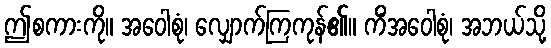
ဤစကားကို။ အဝေါစုံ၊ လျှောက်ကြကုန်၏။ ကိံအဝေါစုံ၊ အဘယ်သို့